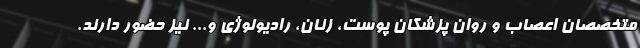
متخصصان اعصاب و روان پزشکان پوست، زنان، رادیولوژی و... نیز حضور دارند.